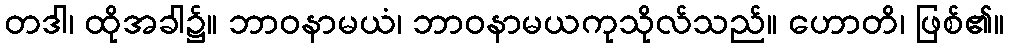
တဒါ၊ ထိုအခါ၌။ ဘာဝနာမယံ၊ ဘာဝနာမယကုသိုလ်သည်။ ဟောတိ၊ ဖြစ်၏။